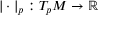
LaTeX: | \cdot | _ { p } : T _ { p } M \to \mathbb { R }